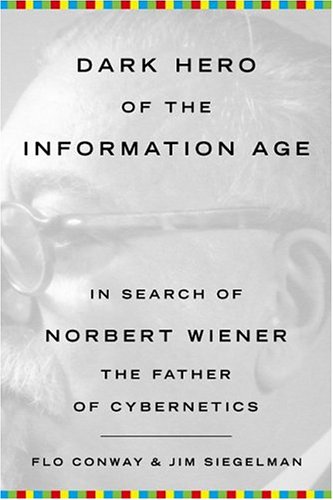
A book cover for Dark Hero of the Information Age: In Search Of Norbert Wiener--Father of Cybernetics; Flo Conway; Computers & Technology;